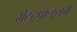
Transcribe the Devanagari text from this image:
मेटटुपालयम